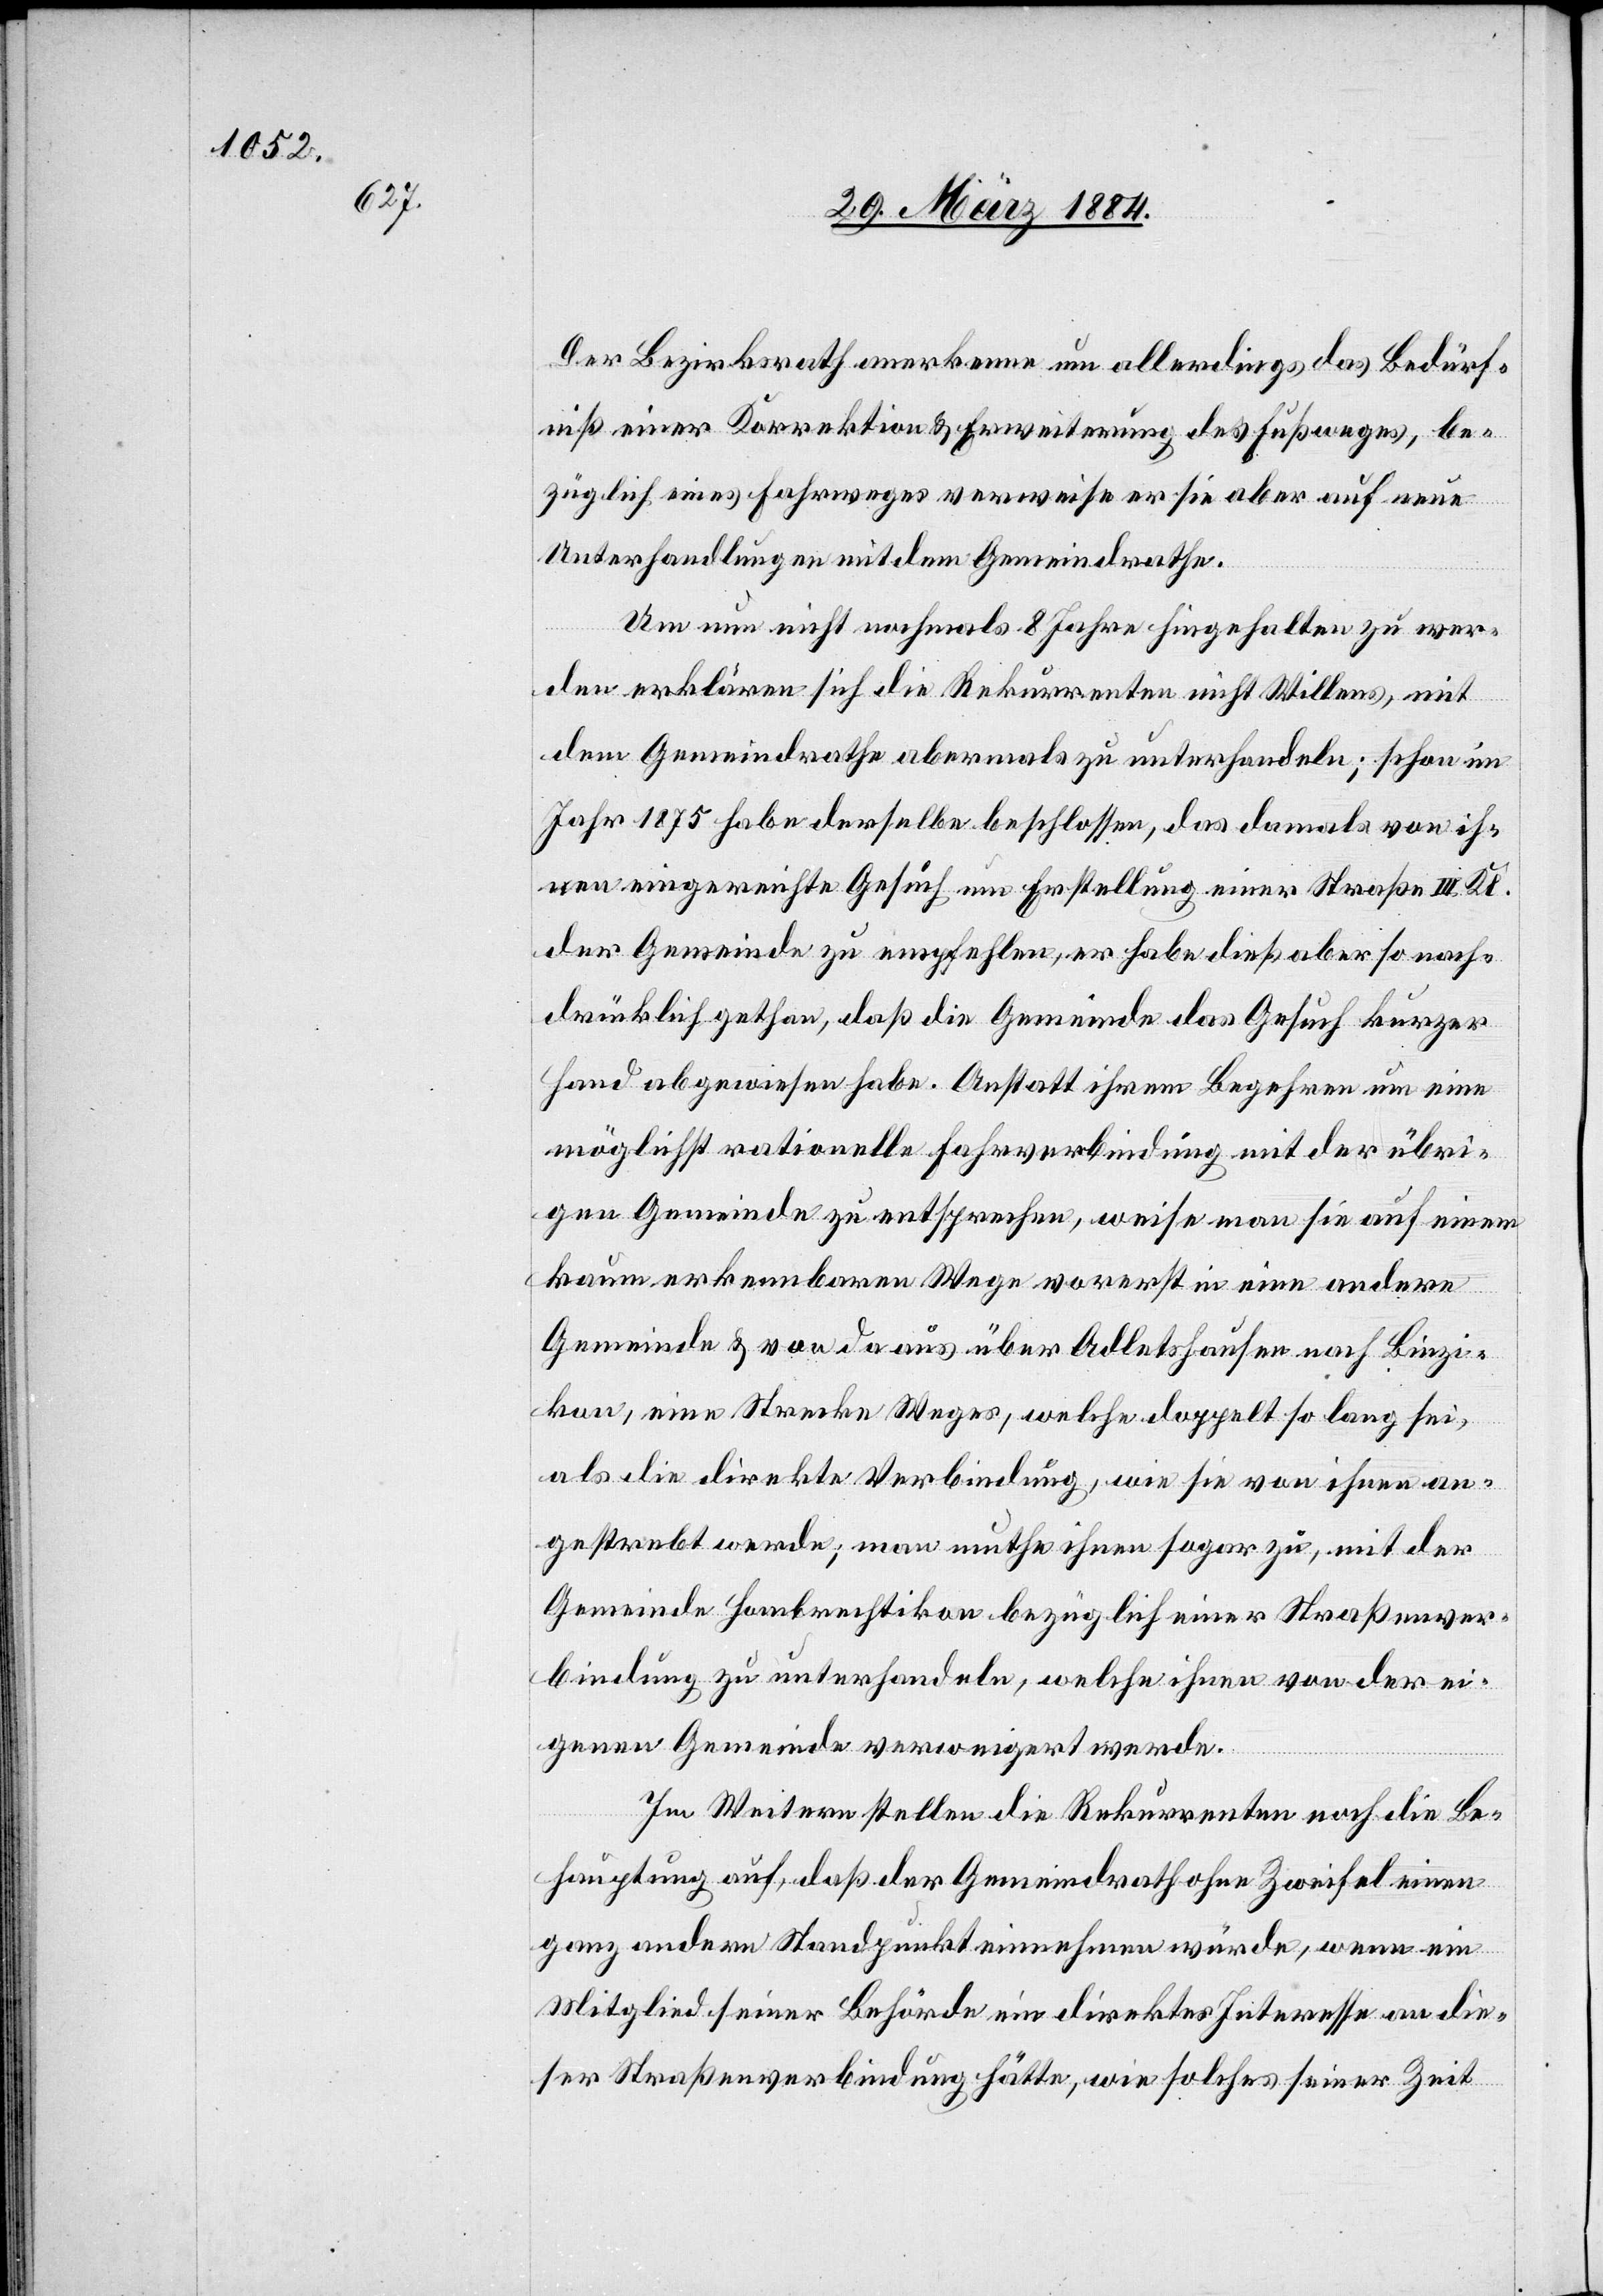
Der Bezirksrath anerkenne nun allerdings das Bedürf¬
niß einer Korrektion & Erweiterung des Fußweges, be¬
züglich eines Fahrweges verweise er sie aber auf neue
Unterhandlungen mit dem Gemeindrathe.
Um nun nicht nochmals 8 Jahre hingehalten zu wer¬
den erklären sich die Rekurrenten nicht Willens, mit
dem Gemeindrathe abermals zu unterhandeln; schon im
Jahr 1875 habe derselbe beschlossen, das damals von ih¬
nen eingereichte Gesuch um Erstellung einer Straße III. Kl.
der Gemeinde zu empfehlen, er habe dieß aber so nach¬
drücklich gethan, daß die Gemeinde das Gesuch kurzer
Hand abgewiesen habe. Anstatt ihrem Begehren um eine
möglichst rationelle Fahrverbindung mit der übri¬
gen Gemeinde zu entsprechen, weise man sie auf einen
kaum erkennbaren Wege vorerst in eine andere
Gemeinde & von da aus über Adletshausen nach Binzi¬
kon, eine Strecke Weges, welche doppelt so lang sei,
als die direkte Verbindung, wie sie von ihnen an¬
gestrebt werde; man muthe ihnen sogar zu, mit der
Gemeinde Hombrechtikon bezüglich einer Straßenver¬
bindung zu unterhandeln, welche ihnen von der ei¬
genen Gemeinde verweigert werde.
Im Weitern stellen die Rekurrenten noch die Be¬
hauptung auf, daß der Gemeindrath ohne Zweifel einen
ganz andern Standpunkt einnehmen würde, wenn ein
Mitglied seiner Behörde ein direktes Interesse an die¬
se Straßenverbindung hätte, wie solches seiner Zeit